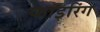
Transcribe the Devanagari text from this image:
फाइरिंग